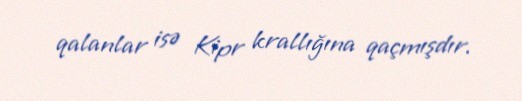
qalanlar isə Kipr krallığına qaçmışdır.